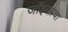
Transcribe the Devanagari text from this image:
जॉइसाचा